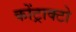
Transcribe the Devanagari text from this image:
कोंट्राक्टो